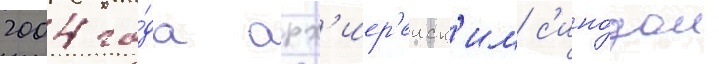
2004 го́да арх'иер'еиск'им с'ино́дом